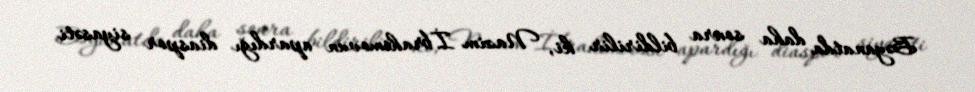
Bəyanatda daha sonra bildirilir ki, Nazim İbrahimovun apardığı diaspor siyasəti